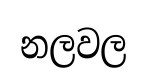
නලවල